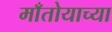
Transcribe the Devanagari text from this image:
माँतोयाच्या